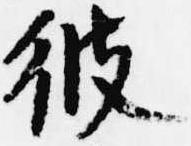
彼